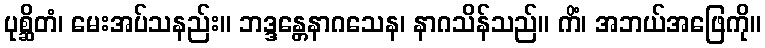
ပုစ္ဆိတံ၊ မေးအပ်သနည်း။ ဘဒ္ဒန္တေနာဂသေန၊ နာဂသိန်သည်။ ကိံ၊ အဘယ်အဖြေကို။